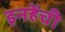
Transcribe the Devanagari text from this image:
इनहेंची